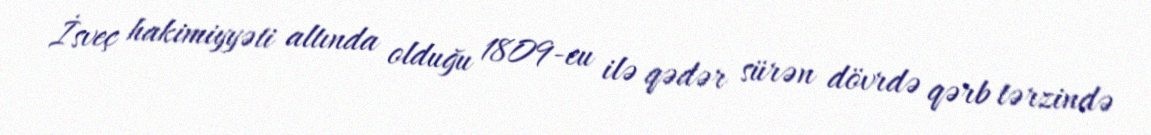
İsveç hakimiyyəti altında olduğu 1809-cu ilə qədər sürən dövrdə qərb tərzində